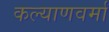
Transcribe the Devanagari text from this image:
कल्याणवर्मा